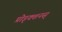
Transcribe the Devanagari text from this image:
प्रोड्क्शनस्